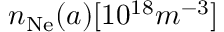
n _ { \mathrm { N e } } ( a ) [ 1 0 ^ { 1 8 } m ^ { - 3 } ]